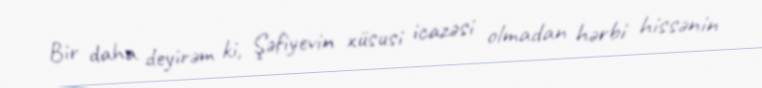
Bir daha deyirəm ki, Şəfiyevin xüsusi icazəsi olmadan hərbi hissənin